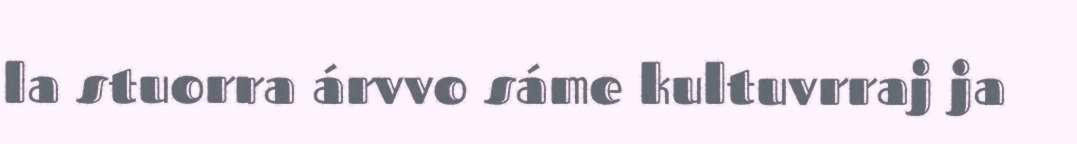
la stuorra árvvo sáme kultuvrraj ja